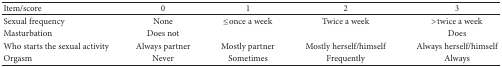
<table><thead><tr><td><b>Item/score</b></td><td><b>0</b></td><td><b>1</b></td><td><b>2</b></td><td><b>3</b></td></tr></thead><tbody><tr><td>Sexual frequency</td><td>None</td><td>≤once a week</td><td>Twice a week</td><td>&gt;twice a week</td></tr><tr><td>Masturbation</td><td>Does not</td><td> </td><td> </td><td>Does</td></tr><tr><td>Who starts the sexual activity</td><td>Always partner</td><td>Mostly partner</td><td>Mostly herself/himself</td><td>Always herself/himself</td></tr><tr><td>Orgasm</td><td>Never</td><td>Sometimes</td><td>Frequently</td><td>Always</td></tr></tbody></table>